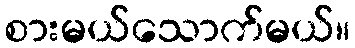
စားမယ်သောက်မယ်။